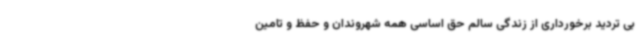
بی تردید برخورداری از زندگی سالم حق اساسی همه شهروندان و حفظ و تامین